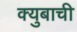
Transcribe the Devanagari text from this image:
क्युबाची